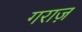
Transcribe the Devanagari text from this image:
गराज़